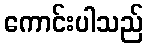
ကောင်းပါသည်